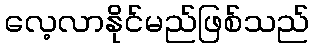
လေ့လာနိုင်မည်ဖြစ်သည်